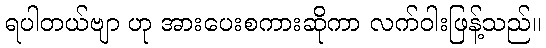
ရပါတယ်ဗျာ ဟု အားပေးစကားဆိုကာ လက်ဝါးဖြန့်သည်။